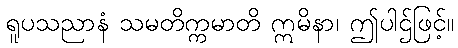
ရူပသညာနံ သမတိက္ကမာတိ ဣမိနာ၊ ဤပါဌ်ဖြင့်။